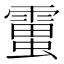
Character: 𧒜